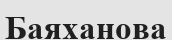
Баяханова